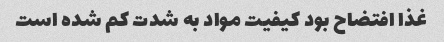
غذا افتضاح بود کیفیت مواد به شدت کم شده است